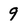
Character: 9